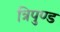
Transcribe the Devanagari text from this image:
त्रिपुण्ड